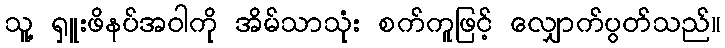
သူ့ ရှူးဖိနပ်အဝါကို အိမ်သာသုံး စက်ကူဖြင့် လျှောက်ပွတ်သည်။